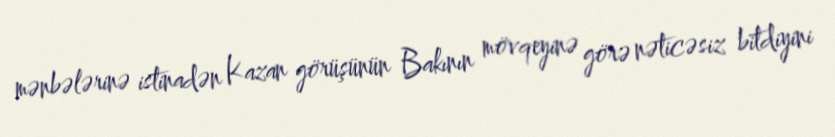
mənbələrinə istinadən Kazan görüşünün Bakının mövqeyinə görə nəticəsiz bitdiyini